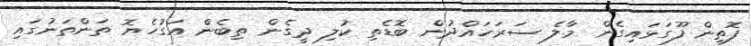
ފޮތިން ފޫގަޅައިގެން މާލެ ސަރަހައްދުން ބޮޑެތި ކުލި ދީގެން ތިބެން އަގުހެޔޮ ތަންތަނުގައި